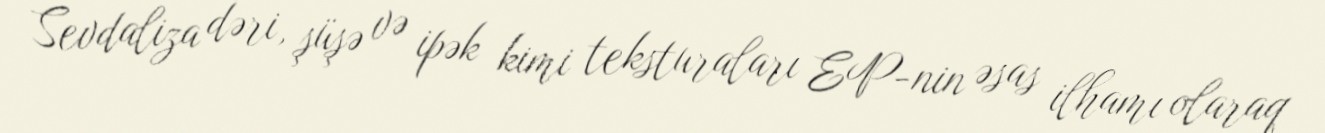
Sevdaliza dəri, şüşə və ipək kimi teksturaları EP-nin əsas ilhamı olaraq